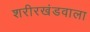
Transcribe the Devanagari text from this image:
शरीरखंडवाला